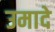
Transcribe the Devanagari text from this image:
उमादे